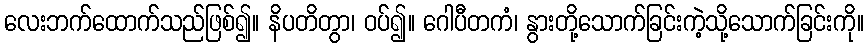
လေးဘက်ထောက်သည်ဖြစ်၍။ နိပတိတွာ၊ ဝပ်၍။ ဂေါပီတကံ၊ နွားတို့သောက်ခြင်းကဲ့သို့သောက်ခြင်းကို။